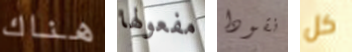
هناك مفعولها نقودا كل